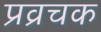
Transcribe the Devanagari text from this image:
प्रव्रचक